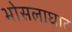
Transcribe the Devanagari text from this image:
भोसलाघाट